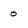
Character: 0